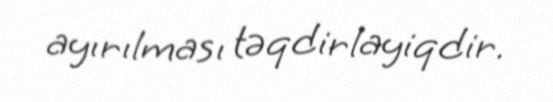
ayırılması təqdirlayiqdir.